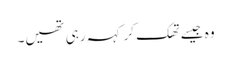
وہ جیسے تھک کر کہہ رہی تھیں۔